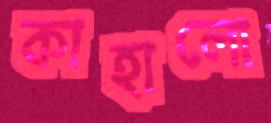
কাহালো